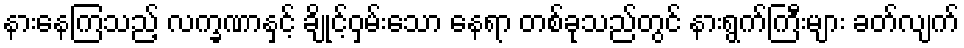
နားနေကြသည့် လက္ခဏာနှင့် ချိုင့်ဝှမ်းသော နေရာ တစ်ခုသည်တွင် နားရွက်ကြီးများ ခတ်လျက်